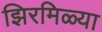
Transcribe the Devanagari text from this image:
झिरमिळ्या